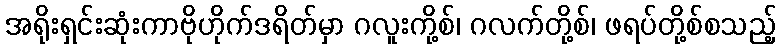
အရိုးရှင်းဆုံးကာဗိုဟိုက်ဒရိတ်မှာ ဂလူးကို့စ်၊ ဂလက်တို့စ်၊ ဖရပ်တို့စ်စသည့်